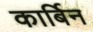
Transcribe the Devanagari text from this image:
कार्बिन